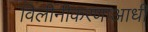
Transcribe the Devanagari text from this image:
विलीनीकरणाआधी